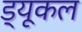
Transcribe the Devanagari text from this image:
ड्यूकल